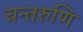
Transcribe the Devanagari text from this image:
चन्तरुणि